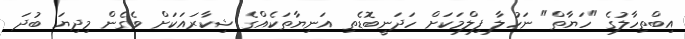
އިބްތިހާލުގެ "ހަޔާތް" ނަހުލާ ފިލްމަކަށް ހަދަނީބޮޑެތި އަނިޔާތަކެއްގެ ޝިކާރައަކަށް ވެގެން މިދިޔަ ބުދަ